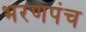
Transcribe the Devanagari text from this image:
भरणपंच